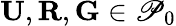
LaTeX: \mathbf{U},\mathbf{R},\mathbf{G}\in\mathscr{P}_{0}